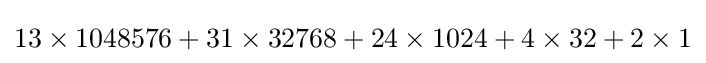
13\times 1048576+31\times 32768+24\times 1024+4\times 32+2\times 1